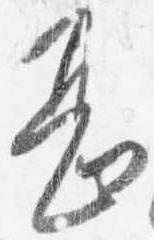
甚